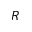
R